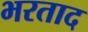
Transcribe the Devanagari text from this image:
भरताद